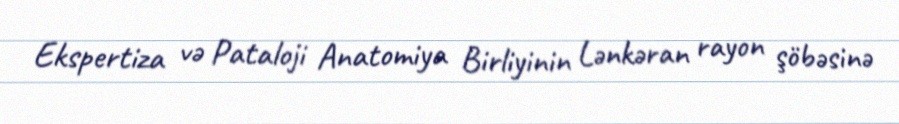
Ekspertiza və Pataloji Anatomiya Birliyinin Lənkəran rayon şöbəsinə